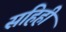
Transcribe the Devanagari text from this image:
सहिही